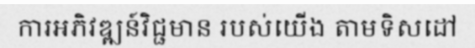
ការអភិវឌ្ឍន៍វិជ្ជមាន របស់យើង តាមទិសដៅ